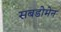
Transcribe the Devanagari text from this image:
सबडोमेन